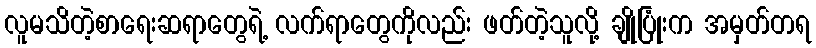
လူမသိတဲ့စာရေးဆရာတွေရဲ့ လက်ရာတွေကိုလည်း ဖတ်တဲ့သူလို့ ချိုပြုံးက အမှတ်တရ